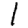
Digit: 1